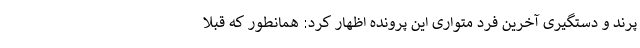
پرند و دستگیری آخرین فرد متواری این پرونده اظهار کرد: همانطور که قبلا